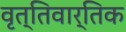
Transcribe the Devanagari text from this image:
वृत्तिवार्तिक